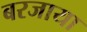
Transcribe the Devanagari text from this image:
बरजाया